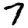
Digit: 7